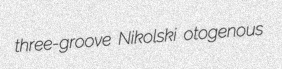
three-groove Nikolski otogenous